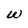
Character: W